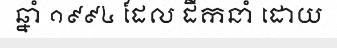
ឆ្នាំ ១៩៩៤ ដែល ដឹកនាំ ដោយ